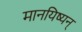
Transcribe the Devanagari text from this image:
मानयिष्यन्